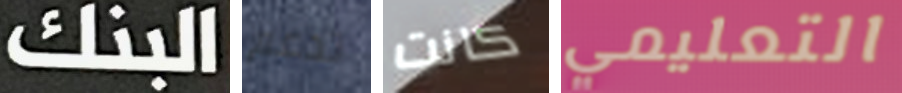
البنك تدعم كانت التعليمي